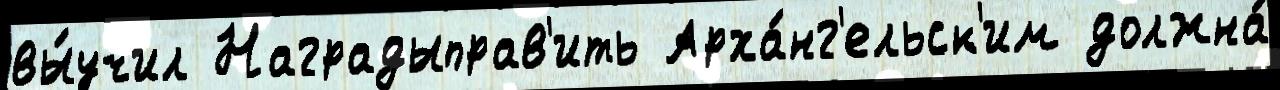
вы́учил Наградыправ'ить Арха́нг'ельск'им должна́